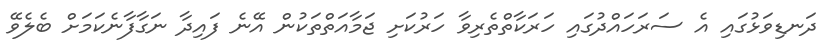
ދަނޑިވަޅުގައި އެ ސަރަހައްދުގައި ހަރަކާތްތެރިވާ ހަރުކަށި ޖަމާއަތްތަކުން އޭނެ ފައިދާ ނަގާފާނެކަމަށް ބެލެވޭ